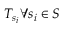
T _ { s _ { i } } \forall s _ { i } \in S